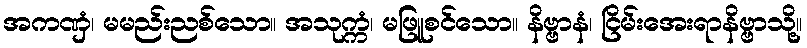
အကဏှံ၊ မမည်းညစ်သော။ အသုက္ကံ၊ မဖြူစင်သော။ နိဗ္ဗာနံ၊ ငြိမ်းအေးရာနိဗ္ဗာသို့။